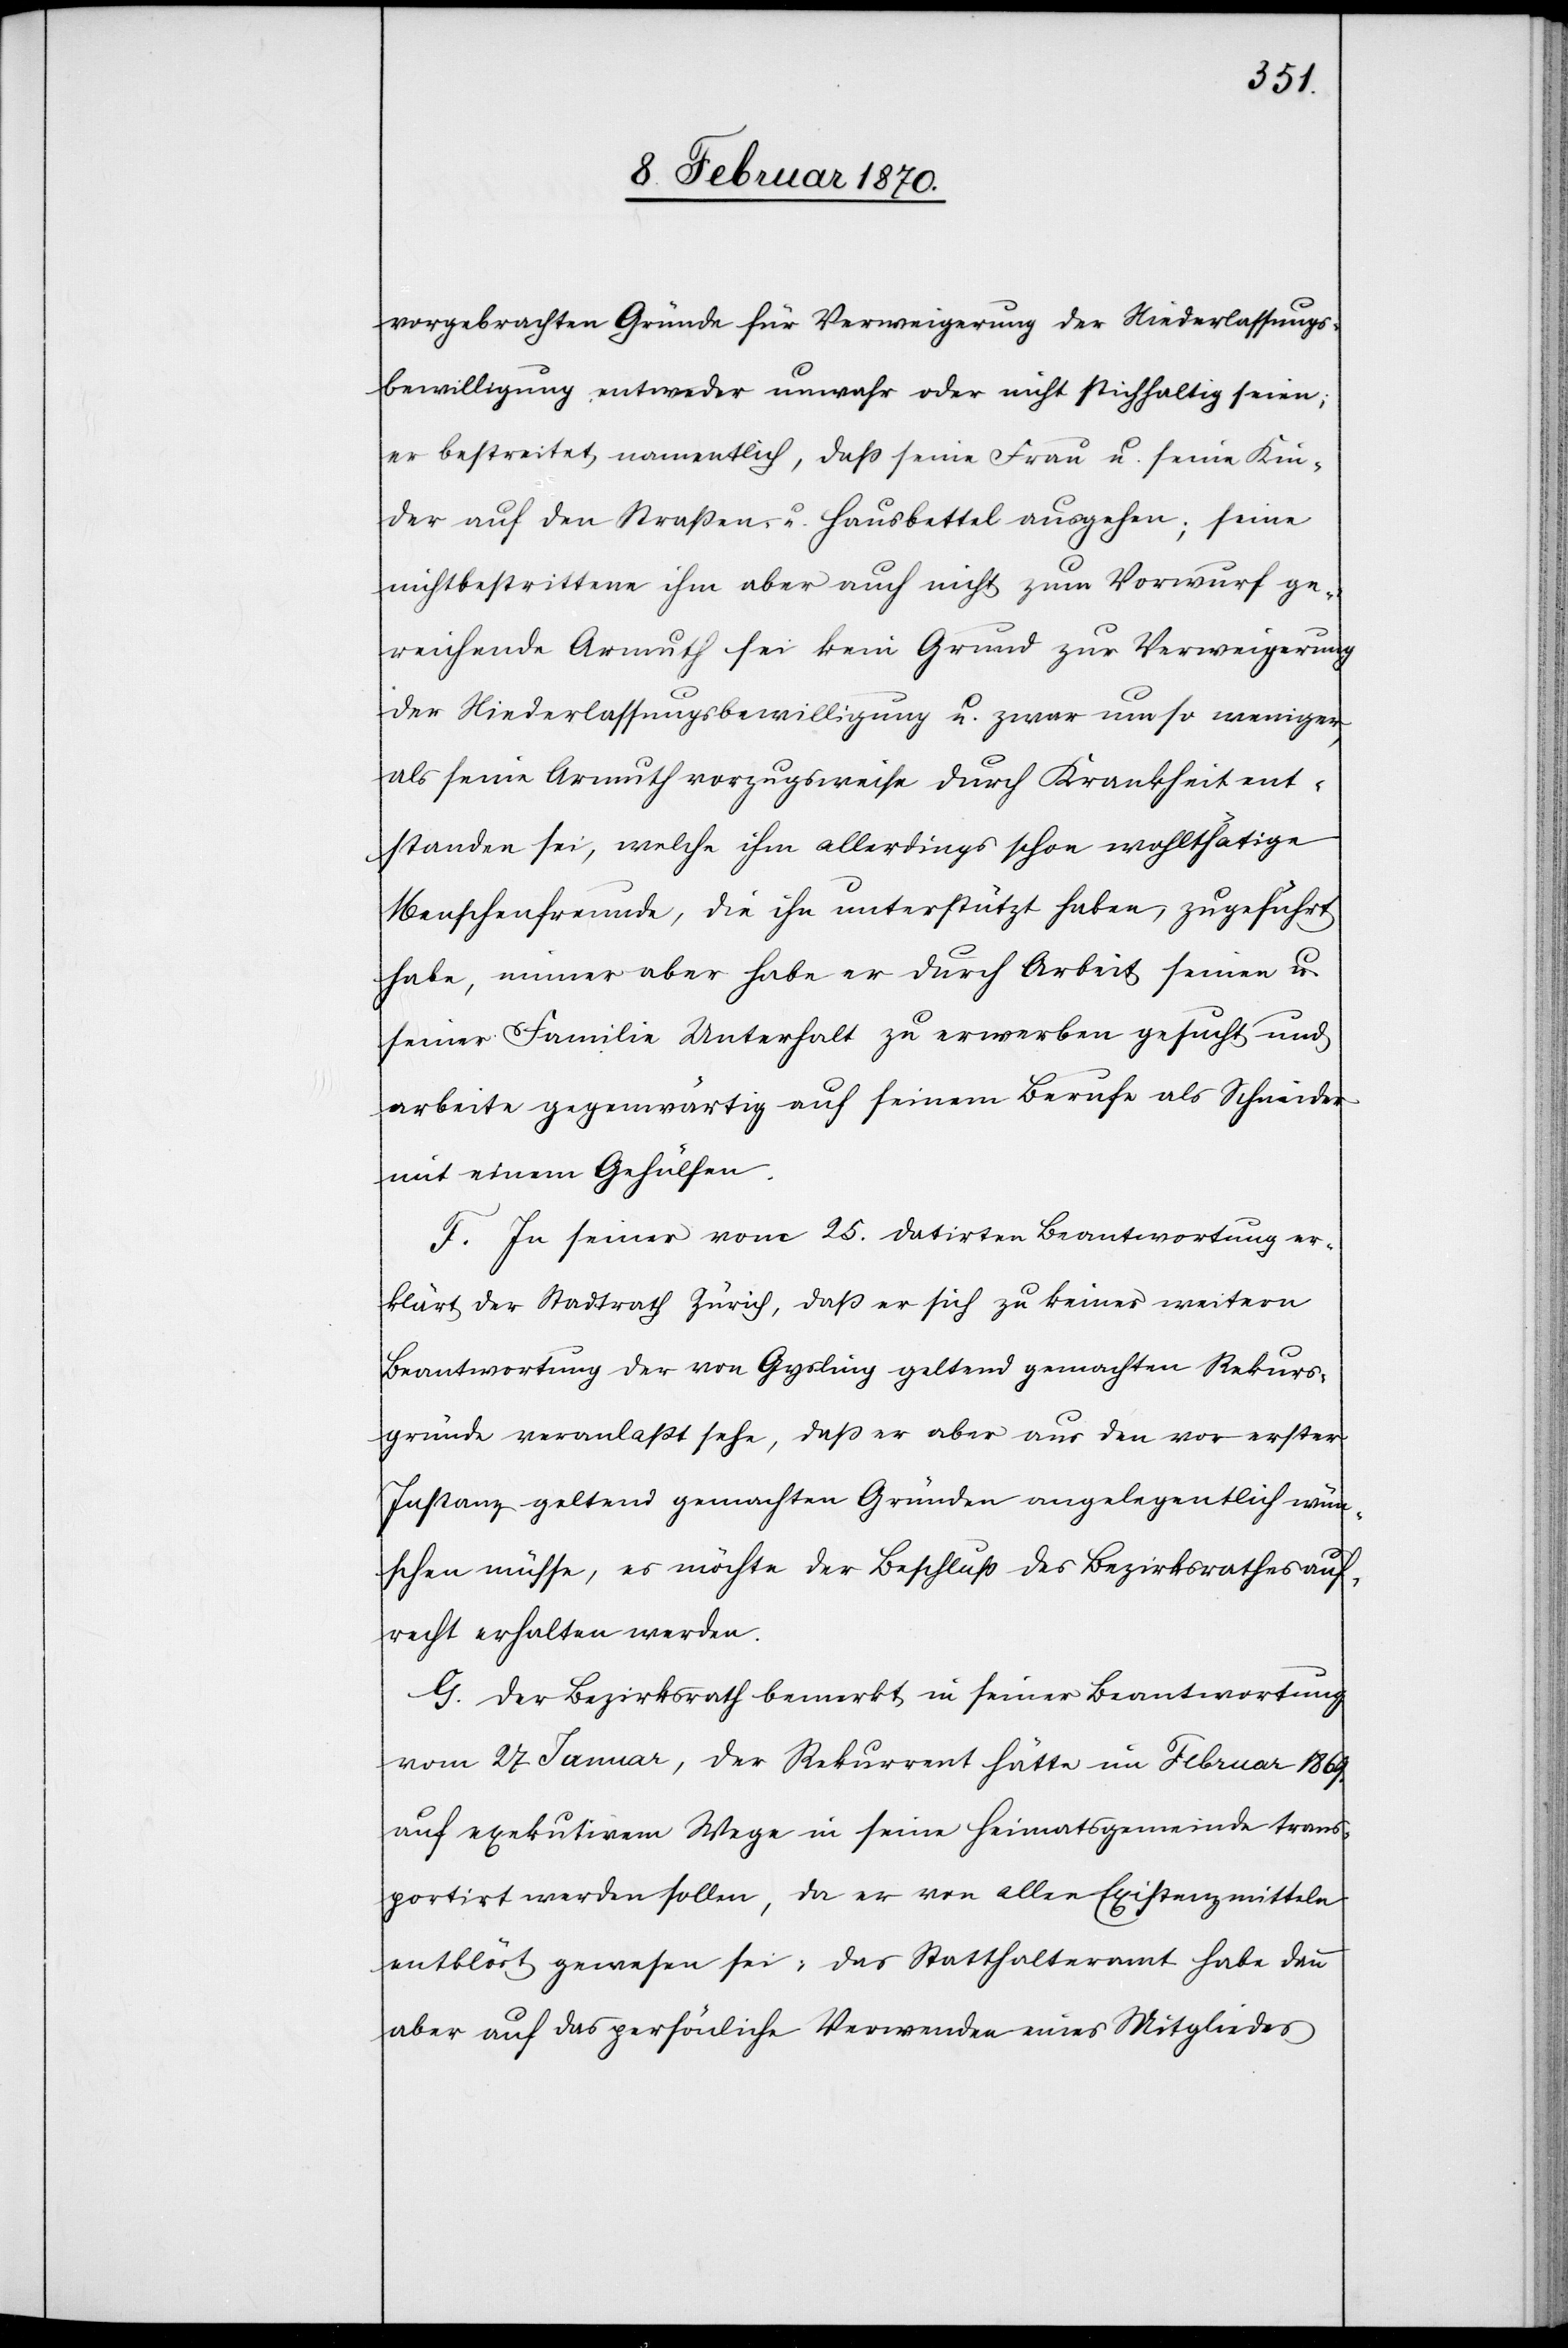
vorgebrachten Gründe für Verweigerung der Niederlassungs¬
bewilligung entweder unwahr oder nicht stichhaltig seien;
er bestreitet, namentlich, dass seine Frau u. seine Kin¬
der auf den Straßen- u. Hausbettel ausgehen: seine
nichtbestrittene ihm aber auch nicht zum Vorwurf ge¬
reichende Armuth sei kein Grund zur Verweigerung
der Niederlassungsbewilligung u. zwar um so weniger
als seine Armuth vorzugsweise durch Krankheit ent¬
standen sei, welche ihm allerdings schon wohlthätige
Menschenfreunde, die ihn unterstützt haben, zugeführt
habe, immer aber habe er durch Arbeit seinen u.
seiner Familie Unterhalt zu erwerben gesucht und
arbeite gegenwärtig auf seinem Berufe als Schneider
mit einem Gehülfen.
F. In seiner vom 25. datirten Beantwortung er¬
klärt der Stadtrath Zürich, daß er sich zu keiner weitern
Beantwortung der von Gysling geltend gemachten Rekurs¬
gründe veranlasst sehe, daß er aber aus den vor erster
Instanz geltend gemachten Gründen angelegentlich wün¬
schen müsse, es möchte der Beschluss des Bezirksrathes auf¬
recht erhalten werden.
G. Der Bezirksrath bemerkt in seiner Beantwortung
vom 27 Januar, der Rekurrent hätte im Februar 1869.
auf exekutivem Wege in seine Heimatsgemeinde trans¬
portirt werden sollen, da er von allen Existenzmitteln
entblöst gewesen sei; das Statthalteramt habe dann
aber auf das persönliche Verwenden eines Mitgliedes